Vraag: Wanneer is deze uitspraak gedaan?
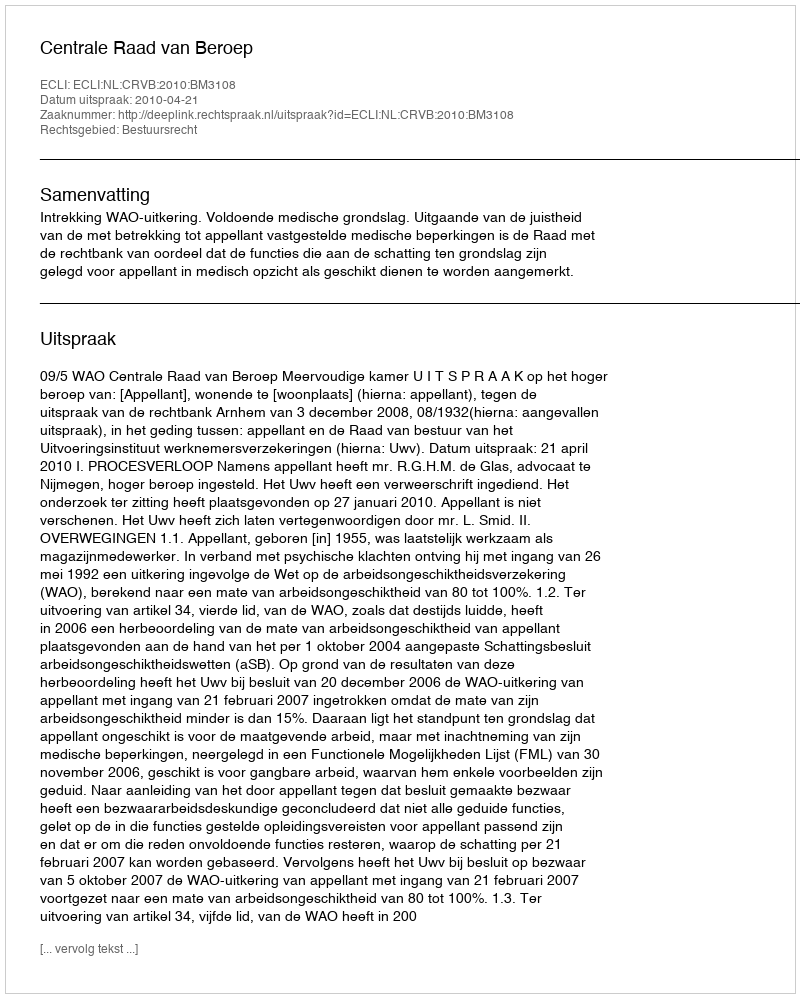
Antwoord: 2010-04-21